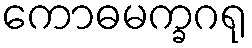
ကောဓမက္ခဂရု